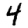
Digit: 4